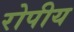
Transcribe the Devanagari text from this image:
रोपीय